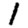
Digit: 1